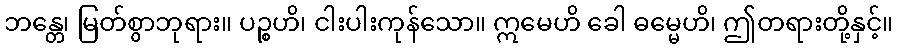
ဘန္တေ၊ မြတ်စွာဘုရား။ ပဉ္စဟိ၊ ငါးပါးကုန်သော။ ဣမေဟိ ခေါ ဓမ္မေဟိ၊ ဤတရားတို့နှင့်။